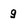
Character: 9